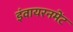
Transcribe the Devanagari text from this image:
इंवायरनमेंट